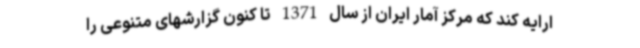
ارایه کند که مرکز آمار ایران از سال 1371 تا کنون گزارشهای متنوعی را